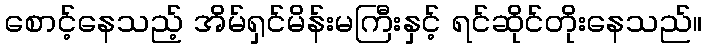
စောင့်နေသည့် အိမ်ရှင်မိန်းမကြီးနှင့် ရင်ဆိုင်တိုးနေသည်။